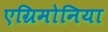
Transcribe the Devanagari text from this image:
एग्रिमोनिया